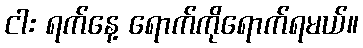
ငါး ရက်နေ့ ရောက်ကိုရောက်ရမယ်။